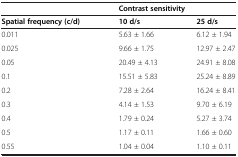
<table><thead><tr><td><b> </b></td><td colspan="2"><b>Contrast sensitivity</b></td></tr></thead><tbody><tr><td><b>Spatial frequency (c/d)</b></td><td><b>10 d/s</b></td><td><b>25 d/s</b></td></tr><tr><td>0.011</td><td>5.63 ± 1.66</td><td>6.12 ± 1.94</td></tr><tr><td>0.025</td><td>9.66 ± 1.75</td><td>12.97 ± 2.47</td></tr><tr><td>0.05</td><td>20.49 ± 4.13</td><td>24.91 ± 8.08</td></tr><tr><td>0.1</td><td>15.51 ± 5.83</td><td>25.24 ± 8.89</td></tr><tr><td>0.2</td><td>7.28 ± 2.64</td><td>16.24 ± 8.41</td></tr><tr><td>0.3</td><td>4.14 ± 1.53</td><td>9.70 ± 6.19</td></tr><tr><td>0.4</td><td>1.79 ± 0.24</td><td>5.27 ± 3.74</td></tr><tr><td>0.5</td><td>1.17 ± 0.11</td><td>1.66 ± 0.60</td></tr><tr><td>0.55</td><td>1.04 ± 0.04</td><td>1.10 ± 0.11</td></tr></tbody></table>